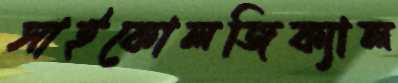
সাইকোলজিক্যাল